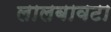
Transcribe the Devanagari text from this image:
लालबावटा